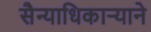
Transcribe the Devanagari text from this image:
सैन्याधिकार्‍याने